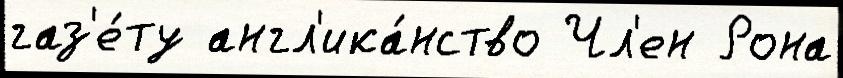
газ'е́ту англ'ика́нство Чл'ен Рона